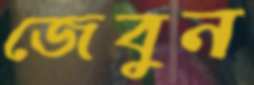
জেবুন